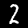
Digit: 2